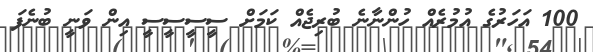
100 އަހަރުގެ އުމުރެއް ހުންނާނެ ބުރިޖެއް ކަމަށް ސީސީސީސީ އިން ވަނީ ބުނެފަ